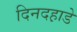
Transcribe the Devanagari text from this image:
दिनदह़ाडे